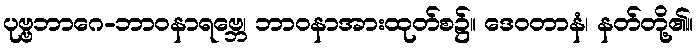
ပုဗ္ဗဘာဂေ-ဘာဝနာရဗ္ဘေ၊ ဘာဝနာအားထုတ်စ၌။ ဒေဝတာနံ၊ နတ်တို့၏။